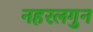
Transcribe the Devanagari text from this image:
नहरलगुन